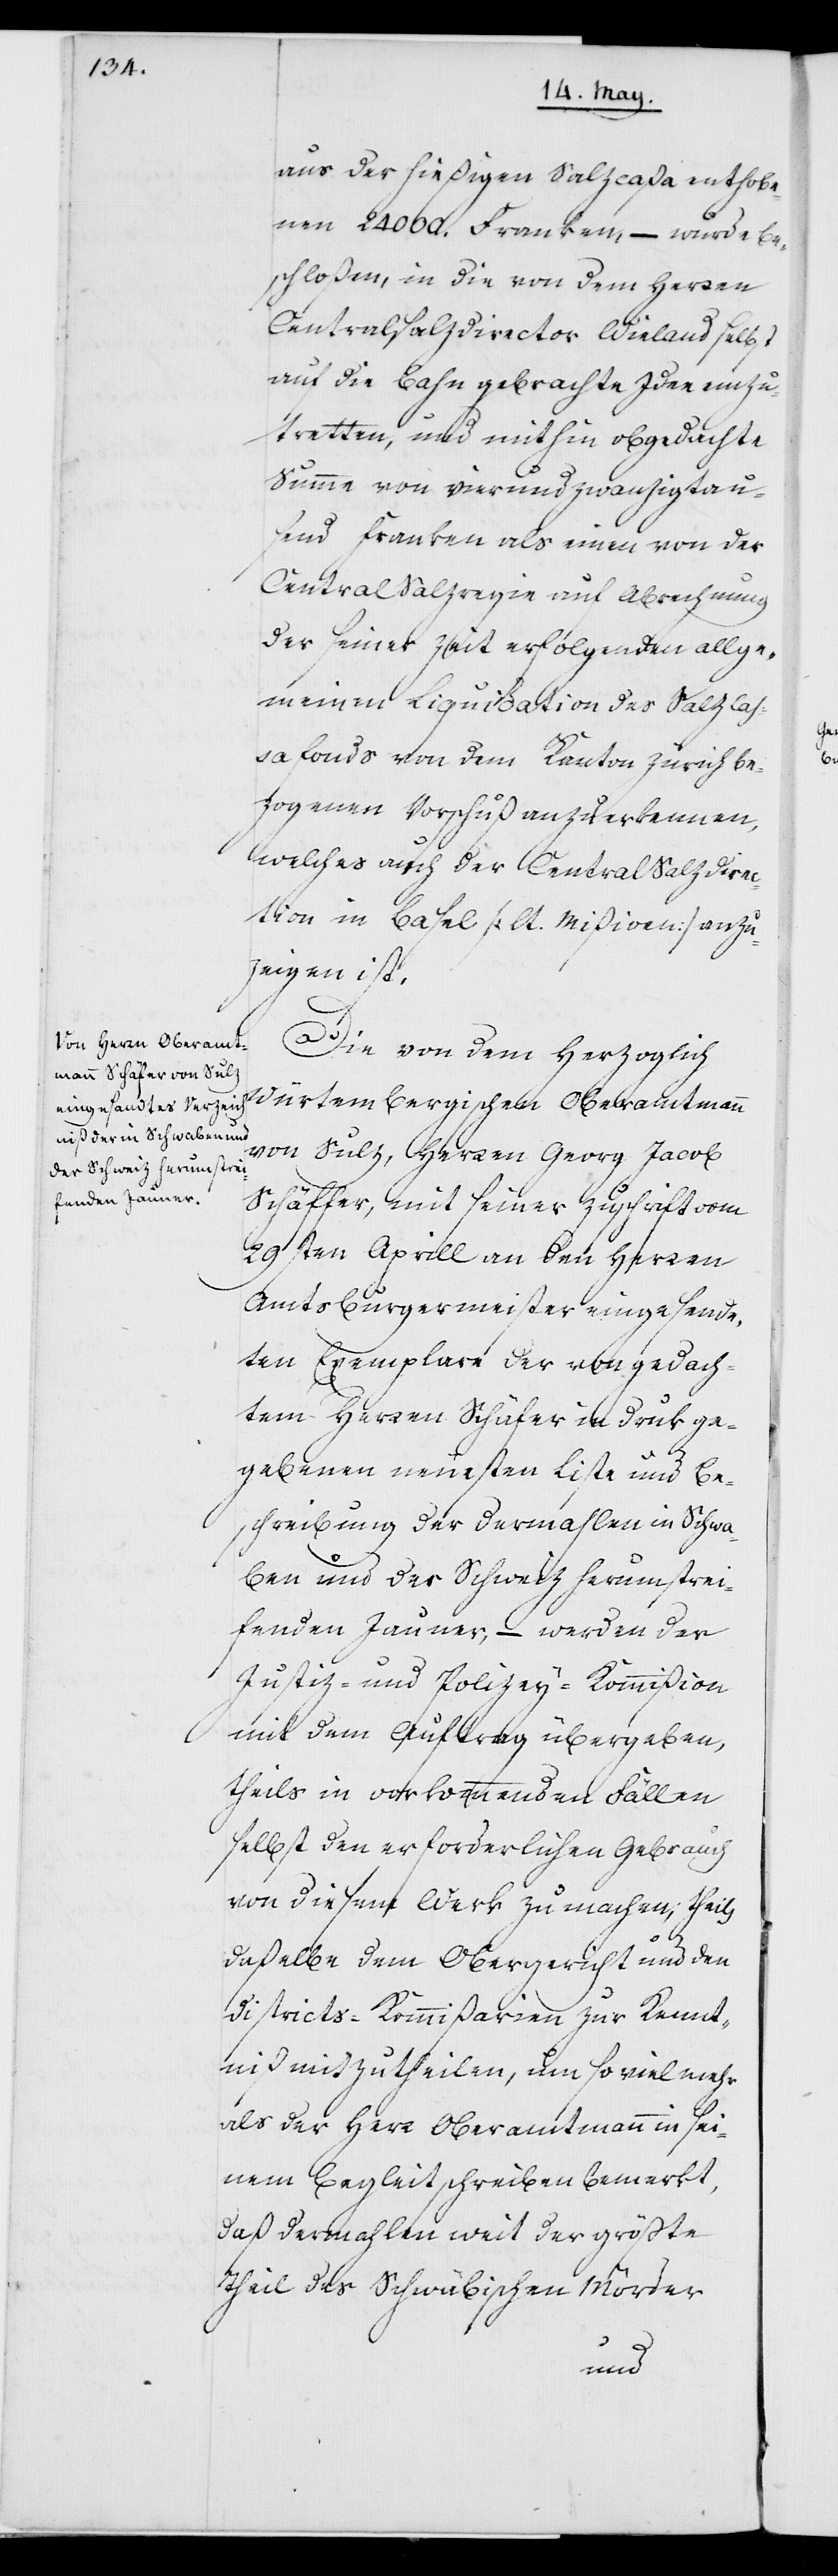
aus der hießigen Salzcaßa enthobe¬
nen 24000. Franken, – wurde be¬
schloßen, in die von dem Herren
Centralsalzdirektor Wieland selbst
auf die Bahn gebrachte Idee einzu¬
tretten, und mithin obgedachte
Summe von vierundzwanzigtau¬
send Franken als einen von der
Central-Salzregie auf Abrechnung
der seiner Zeit erfolgenden allge¬
meinen Liquidation des Salzcaß¬
afonds von dem Kanton Zürich be¬
zogenen Vorschuß anzuerkennen,
welches auch der Central Salzdirec¬
tion in Basel (lt. Mißiven) anzu¬
zeigen ist.
Die von dem Herzoglich
Würtembergischen Oberamtmann
von Sulz, Herren Georg Jacob
Schäffer [sic!], mit seiner Zuschrift vom
29sten Aprill an den Herren
Amtsburgermeister eingesand¬
ten Exemplare der von gedach¬
tem Herren Schäfer in Druck ge¬
gebenen neuesten Liste und Be¬
schreibung der dermahlen in Schwa¬
ben und der Schweiz herumstrei¬
fenden Jauner, – werden der
Justiz- und Polizey-Kommißion
mit dem Auftrag übergeben,
theils in vorkommenden Fällen
selbst den erforderlichen Gebrauch
von diesem Werk zu machen, theils
daßelbe dem Obergericht und den
Districts-Kommißarien zur Kennt¬
niß mitzutheilen, um soviel mehr
als der Herr Oberamtmann in sei¬
nem Begleitschreiben bemerkt,
daß dermahlen weit der größte
Theil des Schwäbischen Mörder